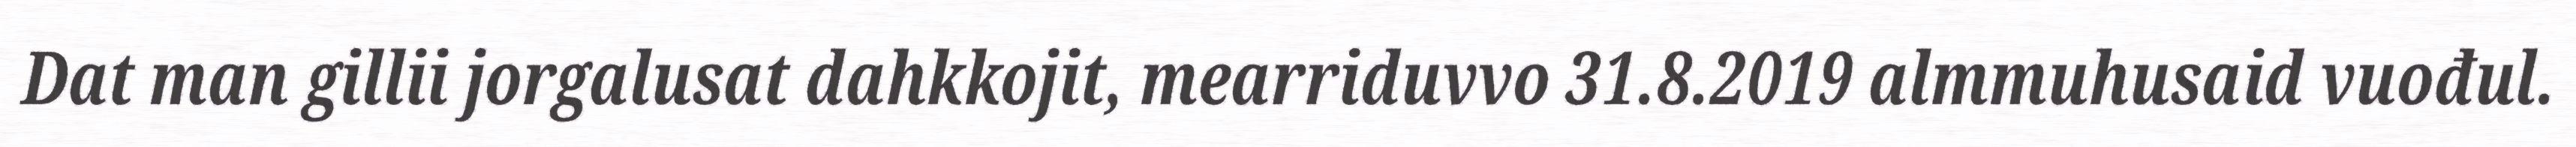
Dat man gillii jorgalusat dahkkojit, mearriduvvo 31.8.2019 almmuhusaid vuođul.